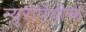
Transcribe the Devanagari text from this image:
न्युरोपॅथीक